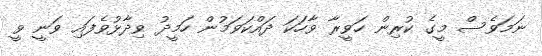
ނަމަވެސް މީގެ ކުރިން ހަވީރާ ވާހަކަ ދައްކަވަމުން ހަމީދު ވިދާޅުވެފައި ވަނީ ވީ